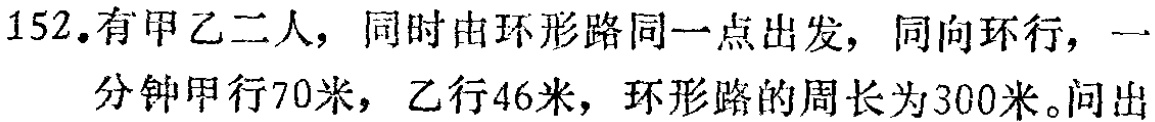
152. 有甲乙二人，同时由环形路同一点出发，同向环行，一分钟甲行70米，乙行46米，环形路的周长为300米。问出